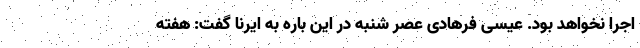
اجرا نخواهد بود. عیسی فرهادی عصر شنبه در این باره به ایرنا گفت: هفته